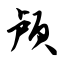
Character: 颅